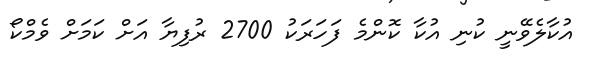
އުކާލެވޭނީ ކުނި އުކާ ކޮންމެ ފަހަރަކު 2700 ރުފިޔާ އަށް ކަމަށް ވެމްކޯ